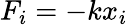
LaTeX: F_{i}=-kx_{i}